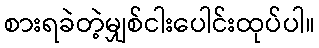
စားရခဲတဲ့မျှစ်ငါးပေါင်းထုပ်ပါ။